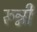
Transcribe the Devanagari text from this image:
रून्नी